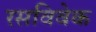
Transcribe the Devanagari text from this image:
रसविवेक